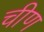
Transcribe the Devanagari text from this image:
चीण